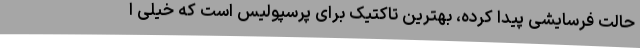
حالت فرسایشی پیدا کرده، بهترین تاکتیک برای پرسپولیس است که خیلی ا